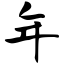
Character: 年